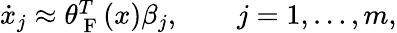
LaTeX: \begin{array}{r}{\dot{x}_{j}\approx\theta_{\mathrm{~F~}}^{T}(x)\beta_{j},\qquad j=1,\dotsc,m,}\end{array}